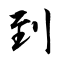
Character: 到